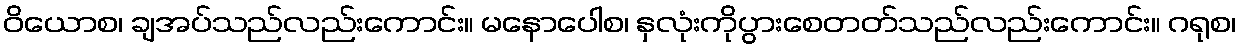
ဝိယောစ၊ ချအပ်သည်လည်းကောင်း။ မနောပေါစ၊ နှလုံးကိုပွားစေတတ်သည်လည်းကောင်း။ ဂရုစ၊